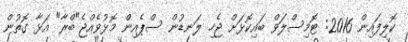
ކޮލިފައިން 2016: ޓޮމިސްލަވް ބައިކޮޅަށް ޖެހި ލަނޑުން ސްޕެއިން މޮޅުވެއްޖެ"ބްރާ" އަޅާ ގޮތުން